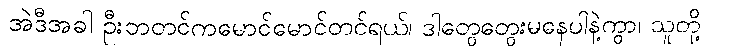
အဲဒီအခါ ဦးဘတင်ကမောင်မောင်တင်ရယ်၊ ဒါတွေတွေးမနေပါနဲ့ကွာ၊ သူတို့